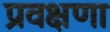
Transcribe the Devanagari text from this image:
प्रवक्षणा